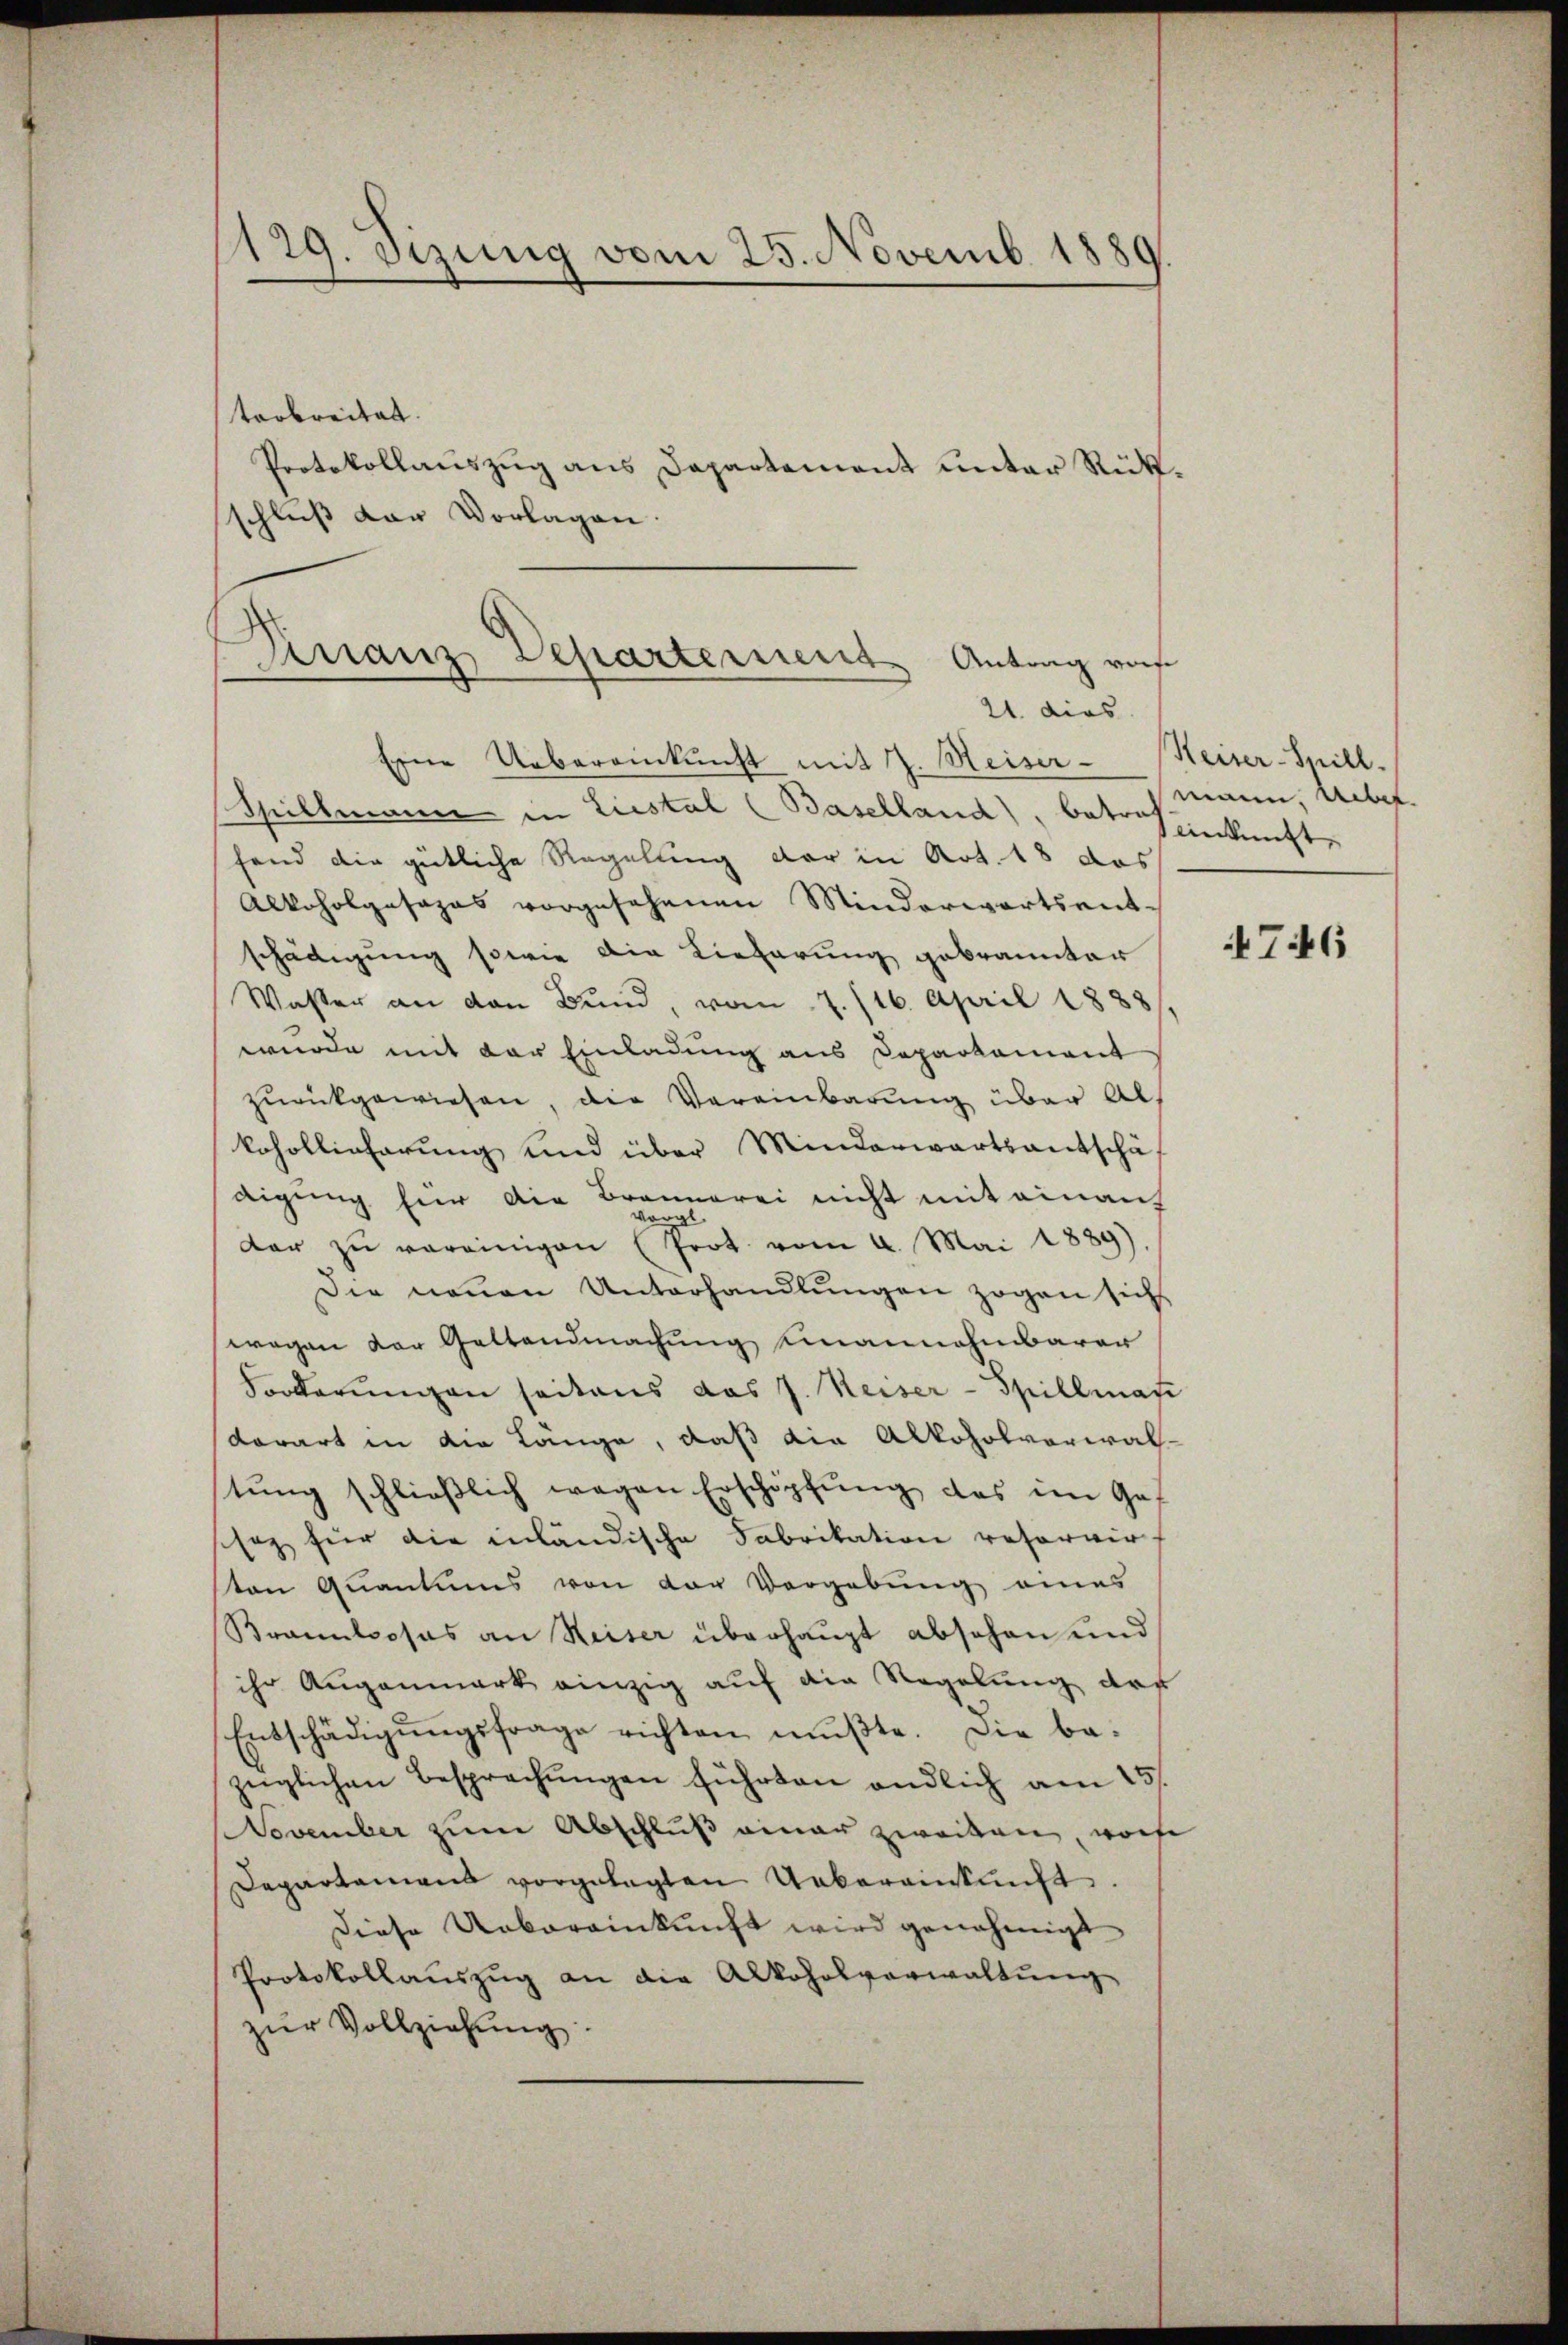
129. Sizung vom 25. Novemb. 1889

terbreitet.
schluß der Vorlagen.

Protokollauszug aus Departement unter Rück¬

Finanz Departement Antrag von
21. dies

Eine Uebereinkunft mit J. Meiser Heiser-Spill.
Spillmann in Liestal (Baselland), betrefenkunfte
fend die gütliche Regelung der in Art. 18 das
Alkoholgasapas vorgesehenen Minderwartsentschädigung sowie die Lieferung gebrannter
Wasser an den Bund, vom 7./16. April 1888
wurde mit der Einladung aus Departament
zŭrückgewiesen, die Vereinbarung über Alkohollicherŭng und über Minderwartsantschä-
digung für die Brannerei nicht mit einauf
voral
dar zŭ vereinigen (Prot. vom 4. Mai 1889.
Die neuen Unterhandlŭngen zogen sich
wegen der Geltendmachung einannehmbarer
Forderungen seitens das J. Weiser-Spillmate
dorart in die Länge, daß die Alkoholverwalstŭng schlieβlich wegen Erschöpfŭng des im Gef
schaz für die inländische Fabrikation reservir-
ten Quantums von der Vorgebung eines
Brannloses an Reiser überhaupt abschen und
ihr Augenmark einzig auf die Regelung des
Entschädigŭngsfrage richten mŭβte. Die be-
züglichen Besprechŭngen führten endlich am 15.
November zum Abschluß einer zweiten, worfe
Departamens vorgelegten Uebereinkunft.
Diese Uebereinkunft wird genehmigt
Protokollaŭszŭg an die Alkoholverwaltŭng
zŭr Vollziehung.

mann. Ueber.

746